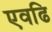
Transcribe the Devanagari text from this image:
एवढि